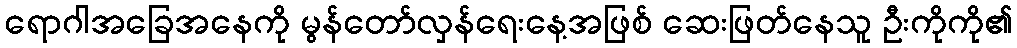
ရောဂါအခြေအနေကို မွန်တော်လှန်ရေးနေ့အဖြစ် ဆေးဖြတ်နေသူ ဦးကိုကို၏